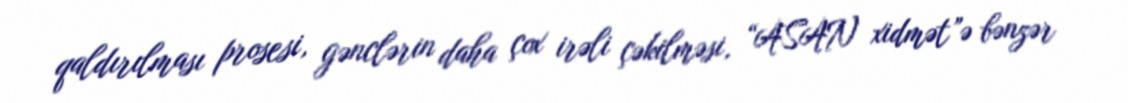
qaldırılması prosesi, gənclərin daha çox irəli çəkilməsi, “ASAN xidmət”ə bənzər